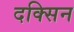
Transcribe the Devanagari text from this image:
दक्सिन